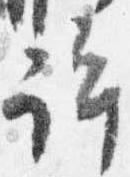
許